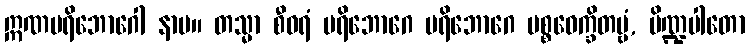
ဣဏပရိဘောဂေါ နာမ။ တသ္မာ စီဝရံ ပရိဘောဂေ ပရိဘောဂေ ပစ္စဝေက္ခိတဗ္ဗံ, ပိဏ္ဍပါတော